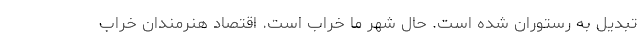
تبدیل به رستوران شده است. حال شهر ما خراب است. اقتصاد هنرمندان خراب